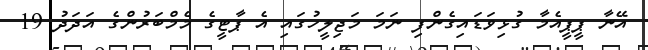
އޭނާ ޕީޕީއެމާ ގުޅިވަޑައިގެންފި ނަމަ މަޖިލީހުގައި އެ ޕާޓީގެ މެމްބަރުންގެ އަދަދު 19